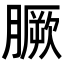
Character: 𦠑